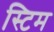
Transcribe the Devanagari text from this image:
स्टिम